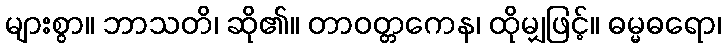
များစွာ။ ဘာသတိ၊ ဆို၏။ တာဝတ္တကေန၊ ထိုမျှဖြင့်။ ဓမ္မဓရော၊